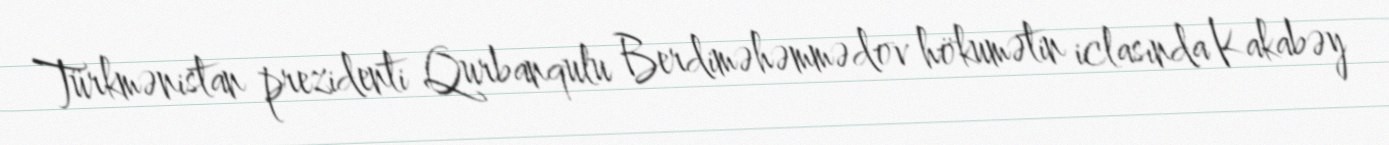
Türkmənistan prezidenti Qurbanqulu Berdiməhəmmədov hökumətin iclasında Kakabəy